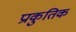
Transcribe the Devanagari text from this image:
प्राकुतिक